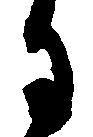
月